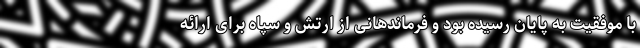
با موفقیت به پایان رسیده بود و فرماندهانی از ارتش و سپاه برای ارائه